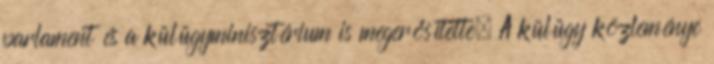
parlament és a külügyminisztérium is megerősítette. A külügy közleménye